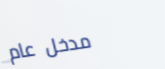
مدخل عام